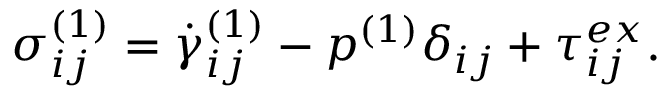
\sigma _ { i j } ^ { ( 1 ) } = \dot { \gamma } _ { i j } ^ { ( 1 ) } - p ^ { ( 1 ) } \delta _ { i j } + \tau _ { i j } ^ { e x } .